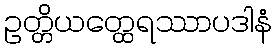
ဥတ္တိယတ္ထေရဿာပဒါနံ